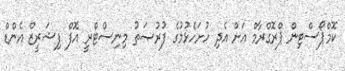
ކޮމްޕޯސްޓިން ޕްރޮގްރާމް އަށް އެދި ހުށަހެޅުމުގެ ފުރުޞަތު މިނިސްޓްރީ އޮފް ފިޝަރީޒް އެންޑް